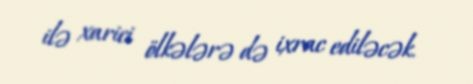
ilə xarici ölkələrə də ixrac ediləcək.